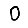
Digit: 0